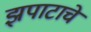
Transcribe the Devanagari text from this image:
झपाटाचे